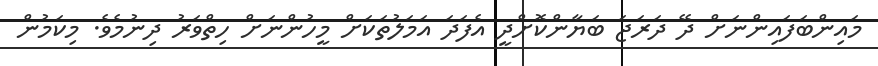
މައިންބަފައިންނަށް ދޭ ދަރަޖަ ބަޔާންކޮށްދީ އެފަދަ އަމަލުތަކަށް މީހުންނަށް ހިތްވަރު ދިނުމެވެ. މިކަމުން